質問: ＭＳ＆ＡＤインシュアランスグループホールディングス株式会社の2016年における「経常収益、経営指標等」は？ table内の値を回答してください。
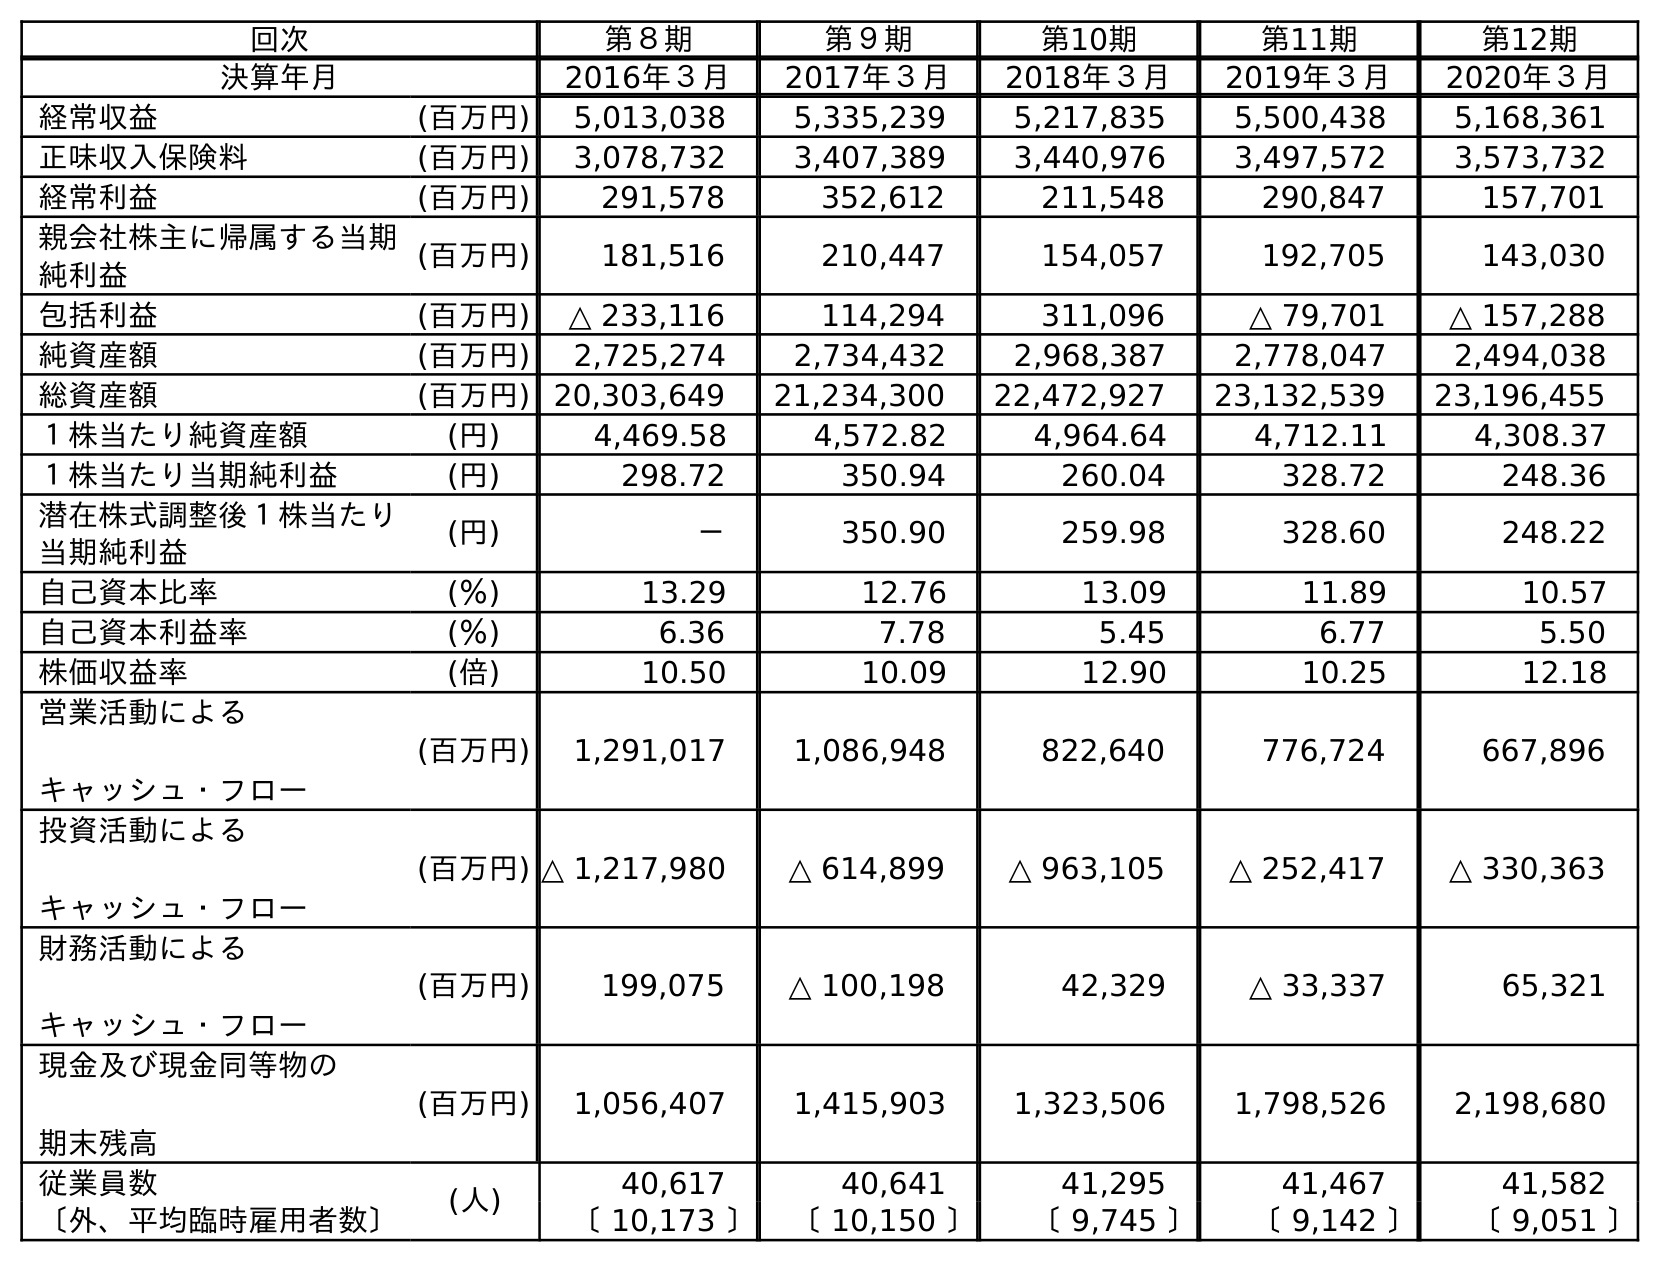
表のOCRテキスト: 回次 第８期 第９期 第10期 第11期 第12期 決算年月 2016年３月 2017年３月 2018年３月 2019年３月 2020年３月 経常収益 (百万円) 5,013,038 5,335,239 5,217,835 5,500,438 5,168,361 正味収入保険料 (百万円) 3,078,732 3,407,389 3,440,976 3,497,572 3,573,732 経常利益 (百万円) 291,578 352,612 211,548 290,847 157,701 親会社株主に帰属する当期 純利益 (百万円) 181,516 210,447 154,057 192,705 143,030 包括利益 (百万円) △ 233,116 114,294 311,096 △ 79,701 △ 157,288 純資産額 (百万円) 2,725,274 2,734,432 2,968,387 2,778,047 2,494,038 総資産額 (百万円) 20,303,649 21,234,300 22,472,927 23,132,539 23,196,455 １株当たり純資産額 (円) 4,469.58 4,572.82 4,964.64 4,712.11 4,308.37 １株当たり当期純利益 (円) 298.72 350.94 260.04 328.72 248.36 潜在株式調整後１株当たり 当期純利益 (円) － 350.90 259.98 328.60 248.22 自己資本比率 (％) 13.29 12.76 13.09 11.89 10.57 自己資本利益率 (％) 6.36 7.78 5.45 6.77 5.50 株価収益率 (倍) 10.50 10.09 12.90 10.25 12.18 営業活動による キャッシュ・フロー (百万円) 1,291,017 1,086,948 822,640 776,724 667,896 投資活動による キャッシュ・フロー (百万円) △ 1,217,980 △ 614,899 △ 963,105 △ 252,417 △ 330,363 財務活動による キャッシュ・フロー (百万円) 199,075 △ 100,198 42,329 △ 33,337 65,321 現金及び現金同等物の 期末残高 (百万円) 1,056,407 1,415,903 1,323,506 1,798,526 2,198,680 従業員数 (人) 40,617 40,641 41,295 41,467 41,582 〔外、平均臨時雇用者数〕 〔 10,173 〕 〔 10,150 〕 〔 9,745 〕 〔 9,142 〕 〔 9,051 〕
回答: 5,013,038